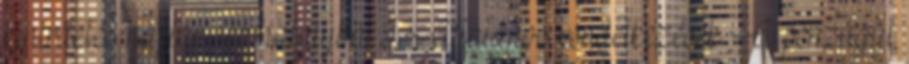
kihirdetés napján lép hatályba. I. Általános rendelkezések A pénzügyi